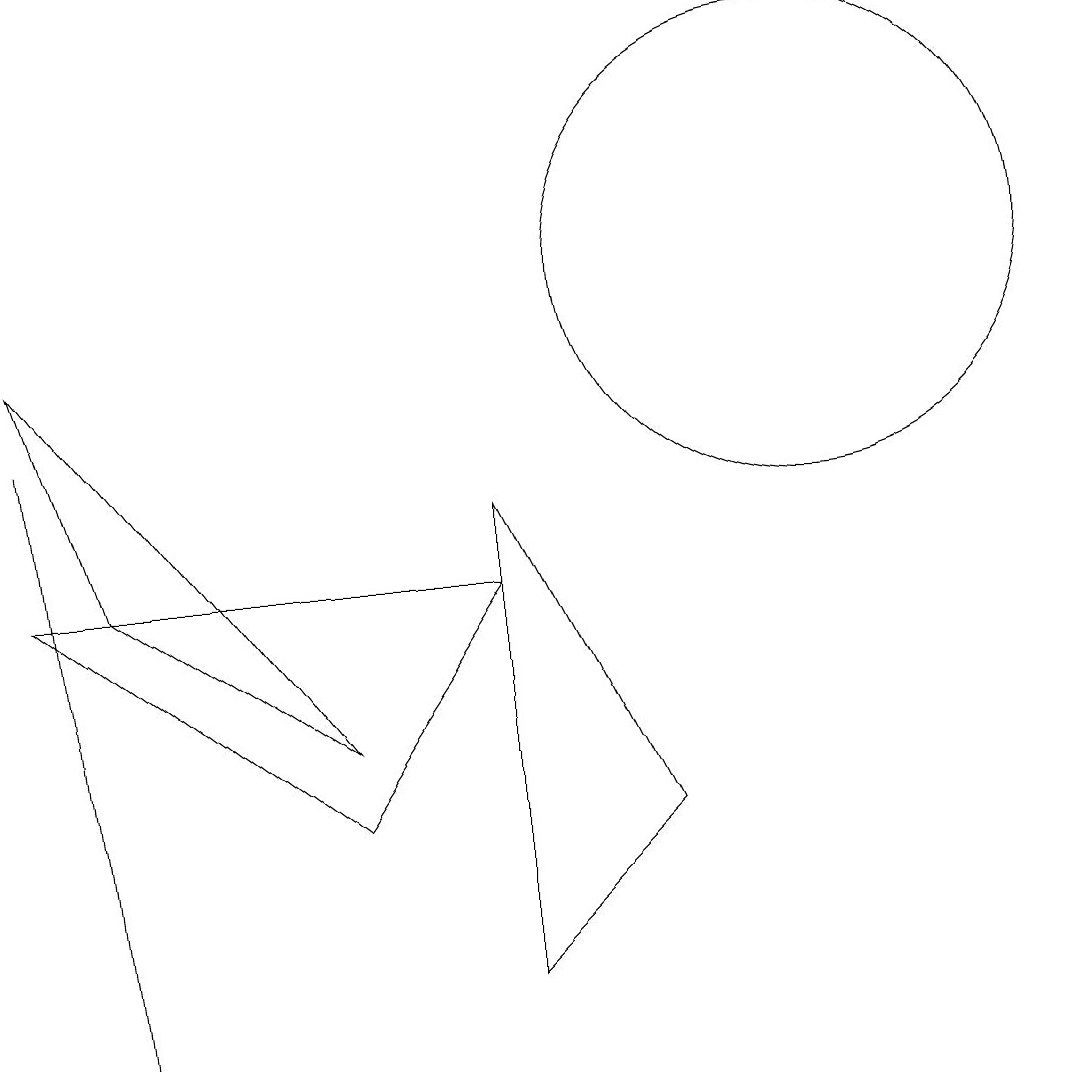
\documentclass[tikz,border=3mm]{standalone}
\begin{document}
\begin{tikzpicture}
\draw (0,9) -- (4,4) -- (1,6) -- cycle;
\draw (1,0) -- (1,0) -- (0,8) -- cycle;
\draw (6,6) -- (4,3) -- (0,6) -- cycle;
\draw (6,1) -- (6,7) -- (8,3) -- cycle;
\draw (10,10) circle (3);
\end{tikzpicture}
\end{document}